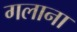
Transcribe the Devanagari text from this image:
गलाना